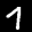
Label: 7